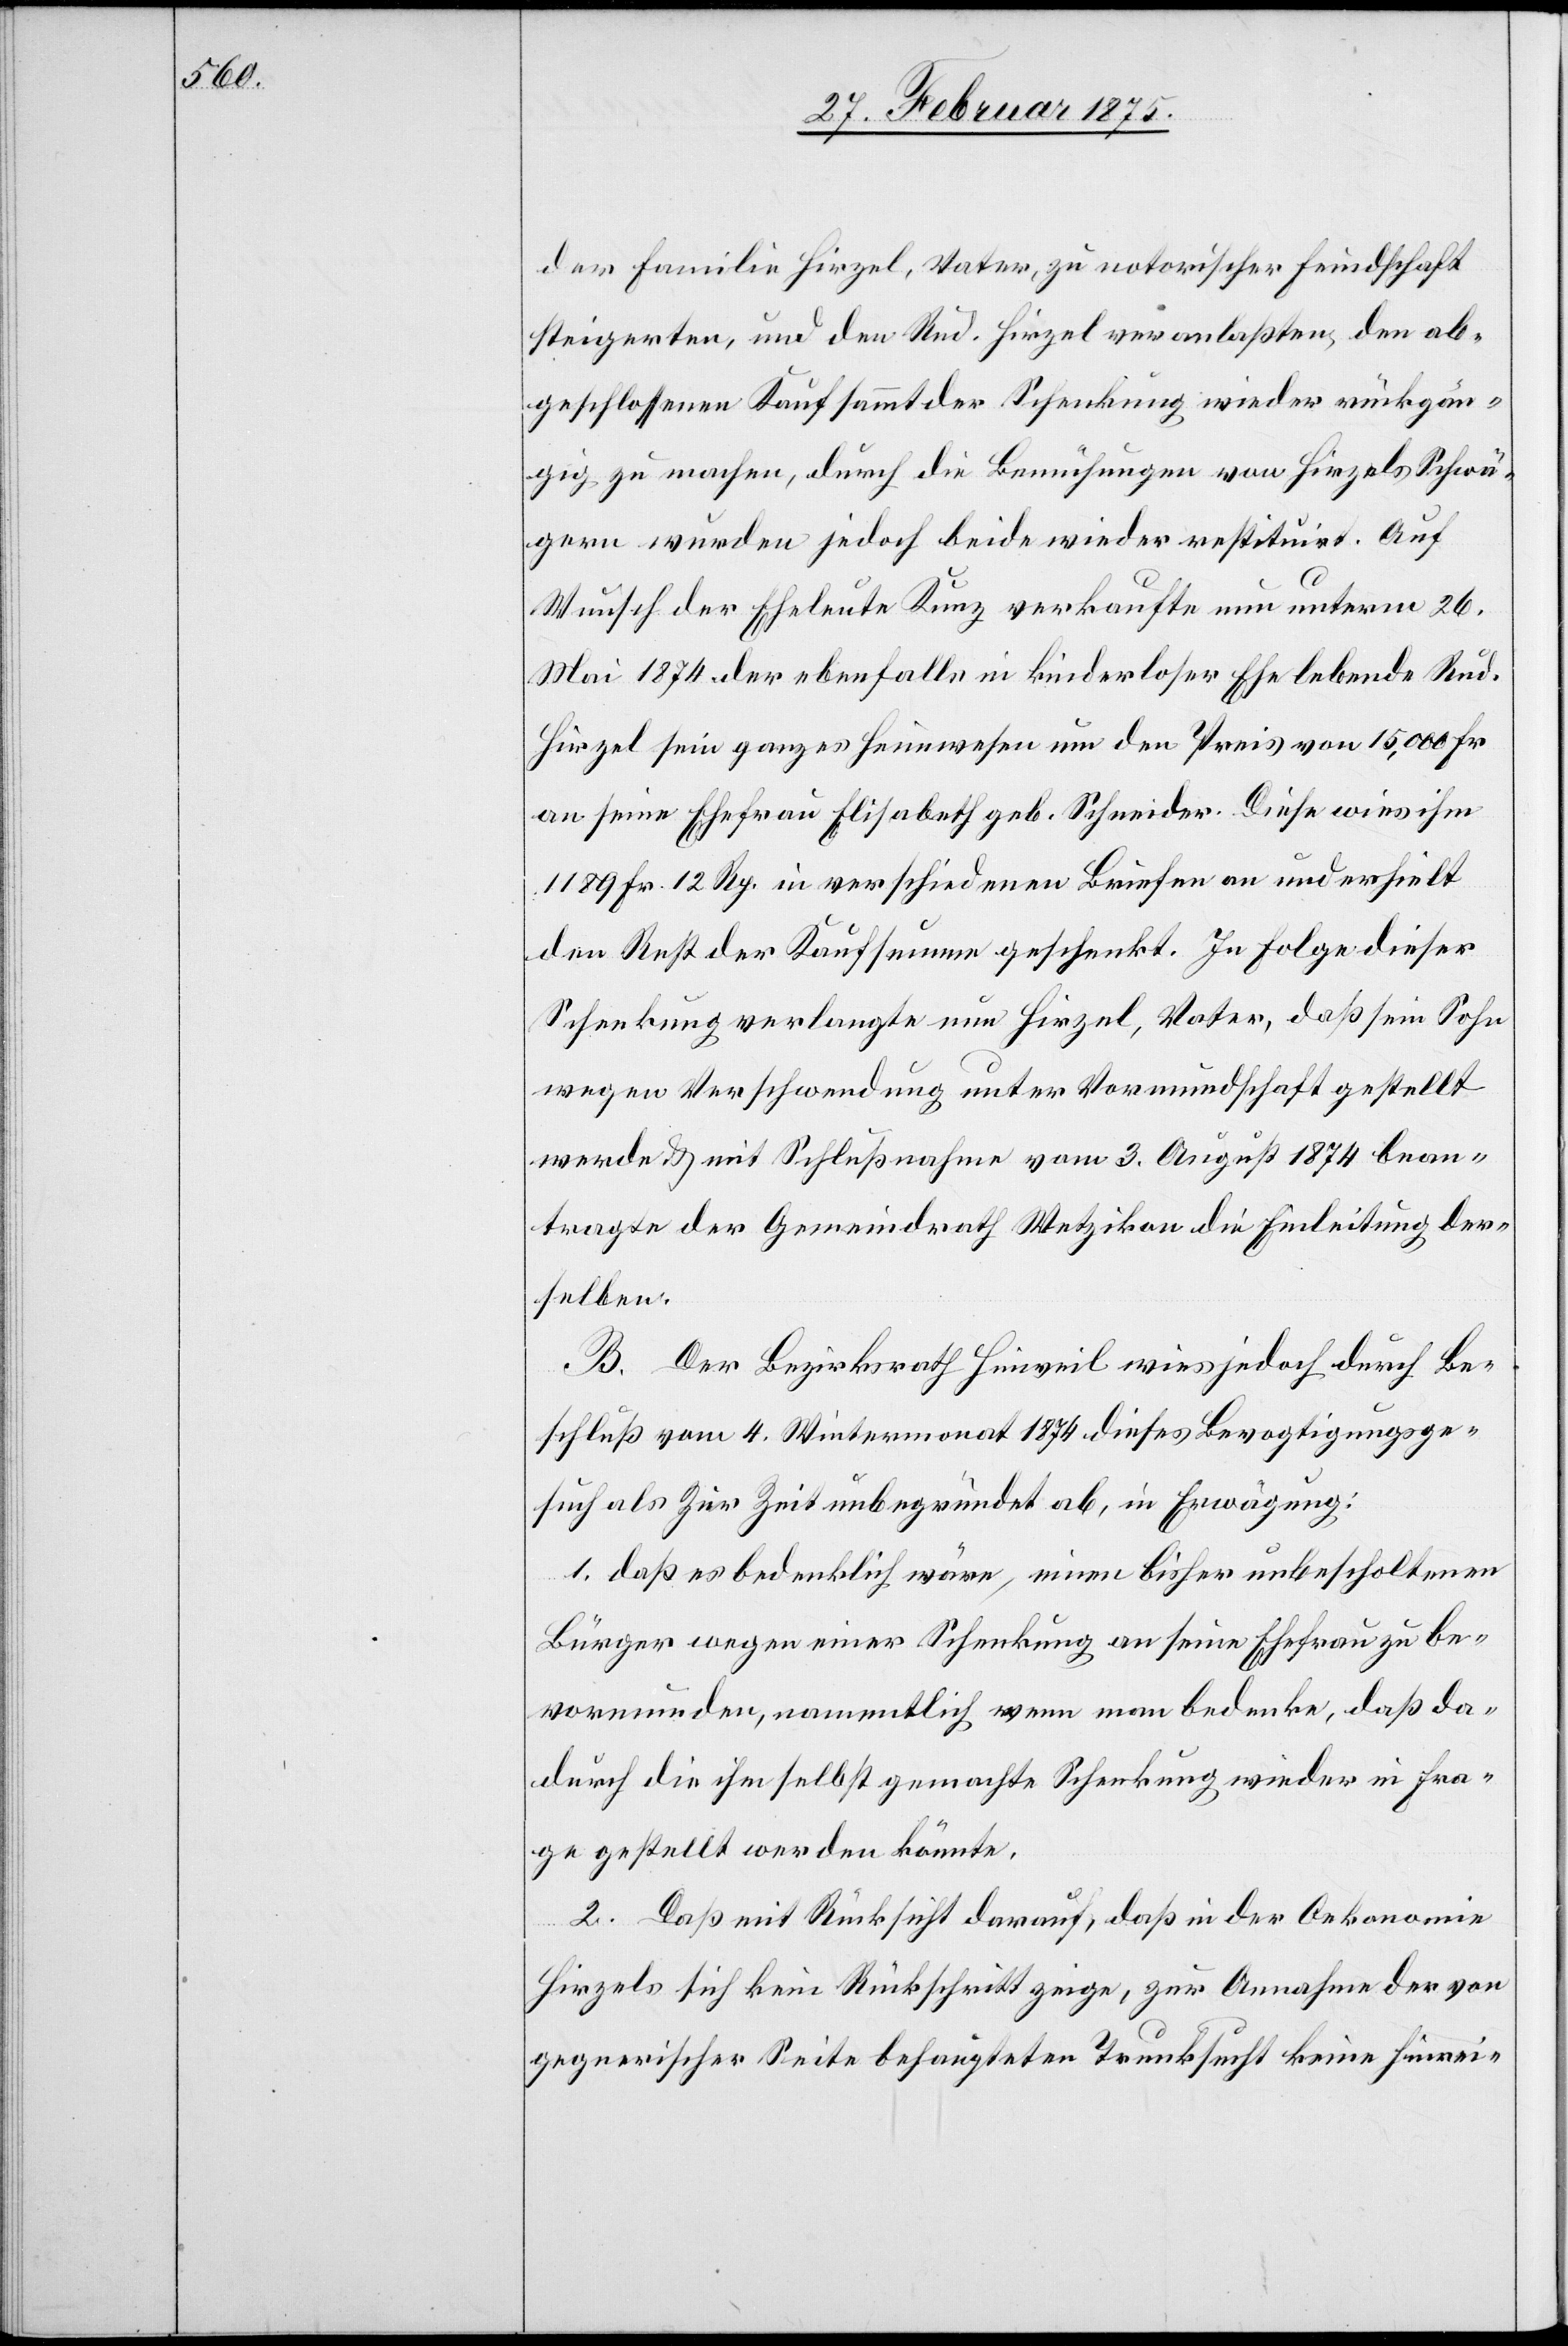
der Familie Hirzel, Vater, zu notorischer Feindschaft
steigerten, und den Rud. Hirzel veranlaßten, den ab¬
geschlossenen Kauf sammt der Schenkung wieder rückgän¬
gig zu machen, durch die Bemühungen von Hirzels Schwä¬
gern wurden jedoch beide wieder restituirt. Auf
Wunsch der Eheleute Kunz verkaufte nun unterm 26.
Mai 1874 der ebenfalls in kinderloser Ehe lebende Rud.
Hirzel sein ganzes Heimwesen um den Preis von 15,000 Fr.
an seine Ehefrau Elisabeth geb. Schneider. Diese wies ihm
1189 Fr. 12 Rp. in verschiedenen Briefen an und erhielt
den Rest der Kaufsumme geschenkt. In Folge dieser
Schenkung verlangte nun Hirzel, Vater, daß sein Sohn
wegen Verschwendung unter Vormundschaft gestellt
werde & mit Schlußnahme vom 3. August 1874 bean¬
tragte der Gemeindrath Wetzikon die Einleitung der¬
selben.
B. Der Bezirksrath Hinweil wies jedoch durch Be¬
schluß vom 4. Wintermonat 1874 dieses Bevogtigungsge¬
such als Zur [sic!] Zeit unbegründet ab, in Erwägung:
1. daß es bedenklich wäre, einen bisher unbescholtenen
Bürger wegen einer Schenkung an seine Ehefrau zu be¬
vormunden, namentlich wenn man bedenke, daß da¬
durch die ihm selbst gemachte Schenkung wieder in Fra¬
ge gestellt werden könnte.
2. Daß mit Rücksicht darauf, das in der Oekonomie
Hirzels sich kein Rückschritt zeige, zur Annahme der von
gegnerischer Seite behaupteten Trunksucht keine hinrei-